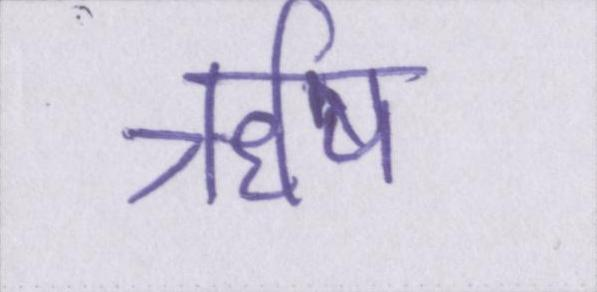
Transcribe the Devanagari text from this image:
ॠषि